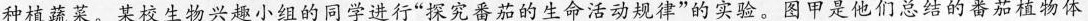
种植蔬菜。某校生物兴趣小组的同学进行”探究番茄的生命活动规律”的实验。图甲是他们总结的番茄植物体